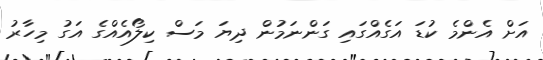
އަށް އެންމެ ކުޑަ އަގެއްގައި ގަންނަމުން ދިޔަ މަސް ކިލޯއެއްގެ އަގު މިހާރު